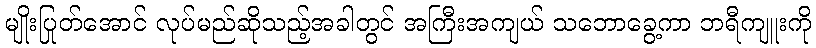
မျိုးပြုတ်အောင် လုပ်မည်ဆိုသည့်အခါတွင် အကြီးအကျယ် သဘောခွေ့ကာ ဘရီကျူးကို